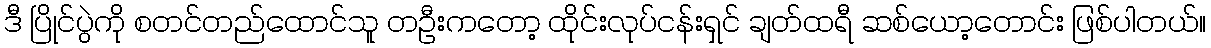
ဒီ ပြိုင်ပွဲကို စတင်တည်ထောင်သူ တဦးကတော့ ထိုင်းလုပ်ငန်းရှင် ချတ်ထရီ ဆစ်ယော့တောင်း ဖြစ်ပါတယ်။